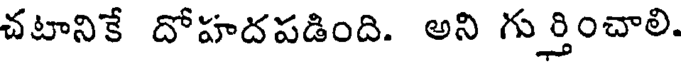
చటానికే దోహదపడింది. అని గుర్తించాలి.